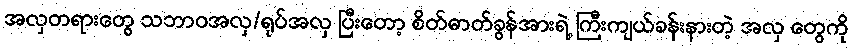
အလှတရားတွေ သဘာဝအလှ/ရုပ်အလှ ပြီးတော့ စိတ်ဓာတ်ခွန်အားရဲ့ ကြီးကျယ်ခန်းနားတဲ့ အလှ တွေကို